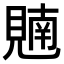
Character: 𫌢